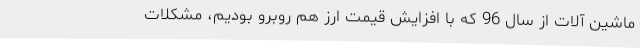
ماشین آلات از سال 96 که با افزایش قیمت ارز هم روبرو بودیم، مشکلات